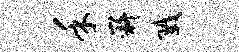
禾嶷戮